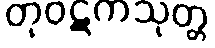
တုဝဋကသုတ္တ